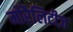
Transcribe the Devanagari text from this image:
मोरैलिटीज़